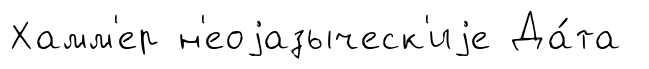
Хамм'ер н'еоjазыческ'иjе Да́та